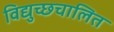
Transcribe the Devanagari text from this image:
विद्युच्छचालित